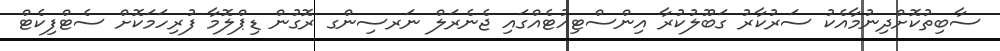
ސާބިތުކޮށްދިނުމާއެކު ސަރުކާރު ގަބޫލުކުރާ އިންސްޓިއުޓެއްގައި ޖެނެރަލް ނަރސިންގ ރޮގުން ޑިޕްލޮމާ ފުރިހަމަކޮށް ސެޓްފިކެޓް